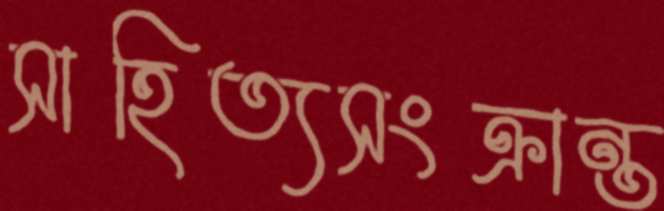
সাহিত্যসংক্রান্ত